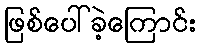
ဖြစ်ပေါ်ခဲ့ကြောင်း